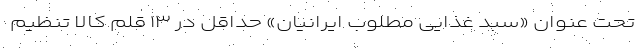
تحت عنوان «سبد غذایی‌ مطلوب‌ ایرانیان» حداقل در ۱۳ قلم کالا تنظیم